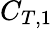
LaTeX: C_{T,1}